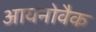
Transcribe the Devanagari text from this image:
आयनोवैक